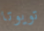
تويوتا